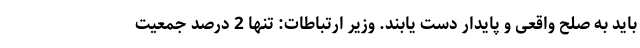
باید به صلح واقعی و پایدار دست یابند. وزیر ارتباطات: تنها 2 درصد جمعیت